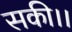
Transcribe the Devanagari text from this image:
सकी।।